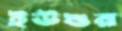
ইউশুর